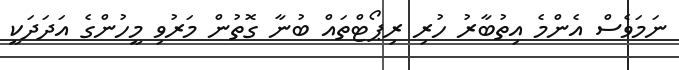
ނަމަވެސް އެންމެ އިތުބާރު ހުރި ރިޕޯޓްތައް ބުނާ ގޮތުން މަރުވި މީހުންގެ އަދަދަކީ